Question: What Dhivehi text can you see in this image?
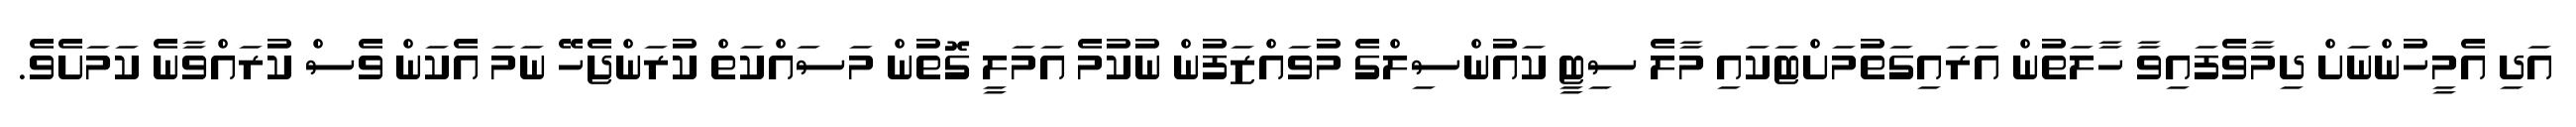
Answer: އަދި އެމީހުންނަށް ދިމާވެފައިވާ ހާލަތުން އަރައިގަތުމަށްޓަކައި މާލެ ސިޓީ ކައުންސިލްގެ މުވައްޒަފުން ނުކުމެ އަމަލީ ގޮތުން މަސައްކަތް ކުރަންޖެހޭ ނަމަ އެކަން ވެސް ކުރައްވާނެ ކަމަށެވެ.